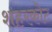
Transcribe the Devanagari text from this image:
शहरकोट